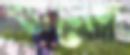
ব্যাসেল